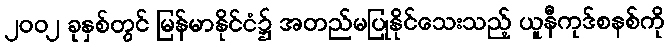
၂၀၀၂ ခုနှစ်တွင် မြန်မာနိုင်ငံ၌ အတည်မပြုနိုင်သေးသည့် ယူနီကုဒ်စနစ်ကို